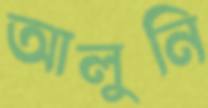
আলুনি